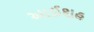
આઈશહ